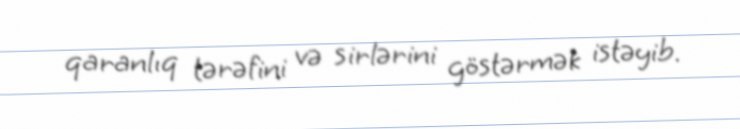
qaranlıq tərəfini və sirlərini göstərmək istəyib.